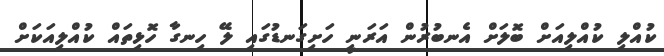
ކުއްލި ކުއްލިއަށް ބޮލަށް އެނބުރުން އަރަނީ ހަށިގަނޑުގައި ލޭ ހިނގާ ހޮޅިތައް ކުއްލިއަކަށް